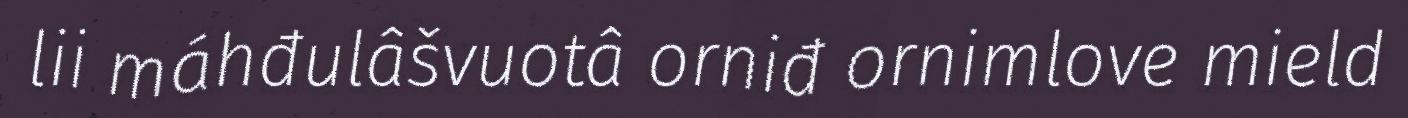
lii máhđulâšvuotâ orniđ ornimlove mield